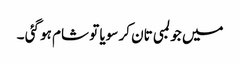
میں جو لمبی تان کر سویا تو شام ہو گئی ۔